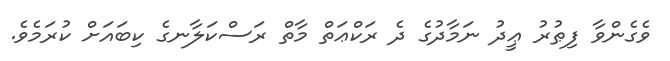
ވެގެންވާ ފިޠުރު ޢީދު ނަމާދުގެ ދެ ރަކްޢަތް މާތް ރަސްކަލާނގެ ކިބައަށް ކުރަމެވެ.